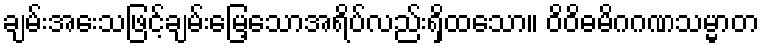
ချမ်းအေးသဖြင့်ချမ်းမြေ့သောအရိပ်လည်းရှိထသော။ ဝိဝိဓမိဂဂဏသမ္မာတ